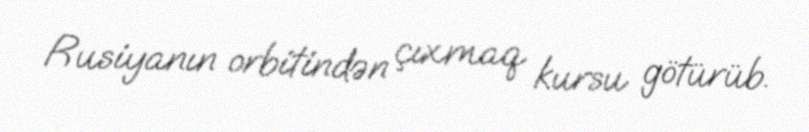
Rusiyanın orbitindən çıxmaq kursu götürüb.